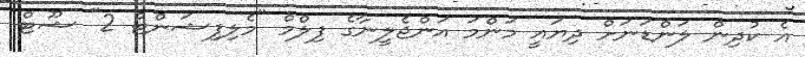
އެ ކުދިން ލަންޑަނަށް ދިޔައީ މަންމަ އަންޖެލީނާގެ ފިލްމް "މެލިފިޝަންޓް 2" ޝޫޓް